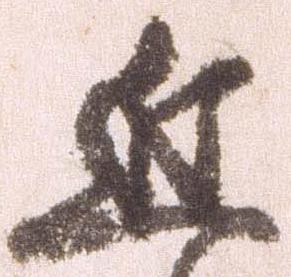
近